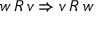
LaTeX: w \, R \, v \Rightarrow v \, R \, w